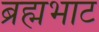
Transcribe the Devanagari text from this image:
ब्रह्मभाट